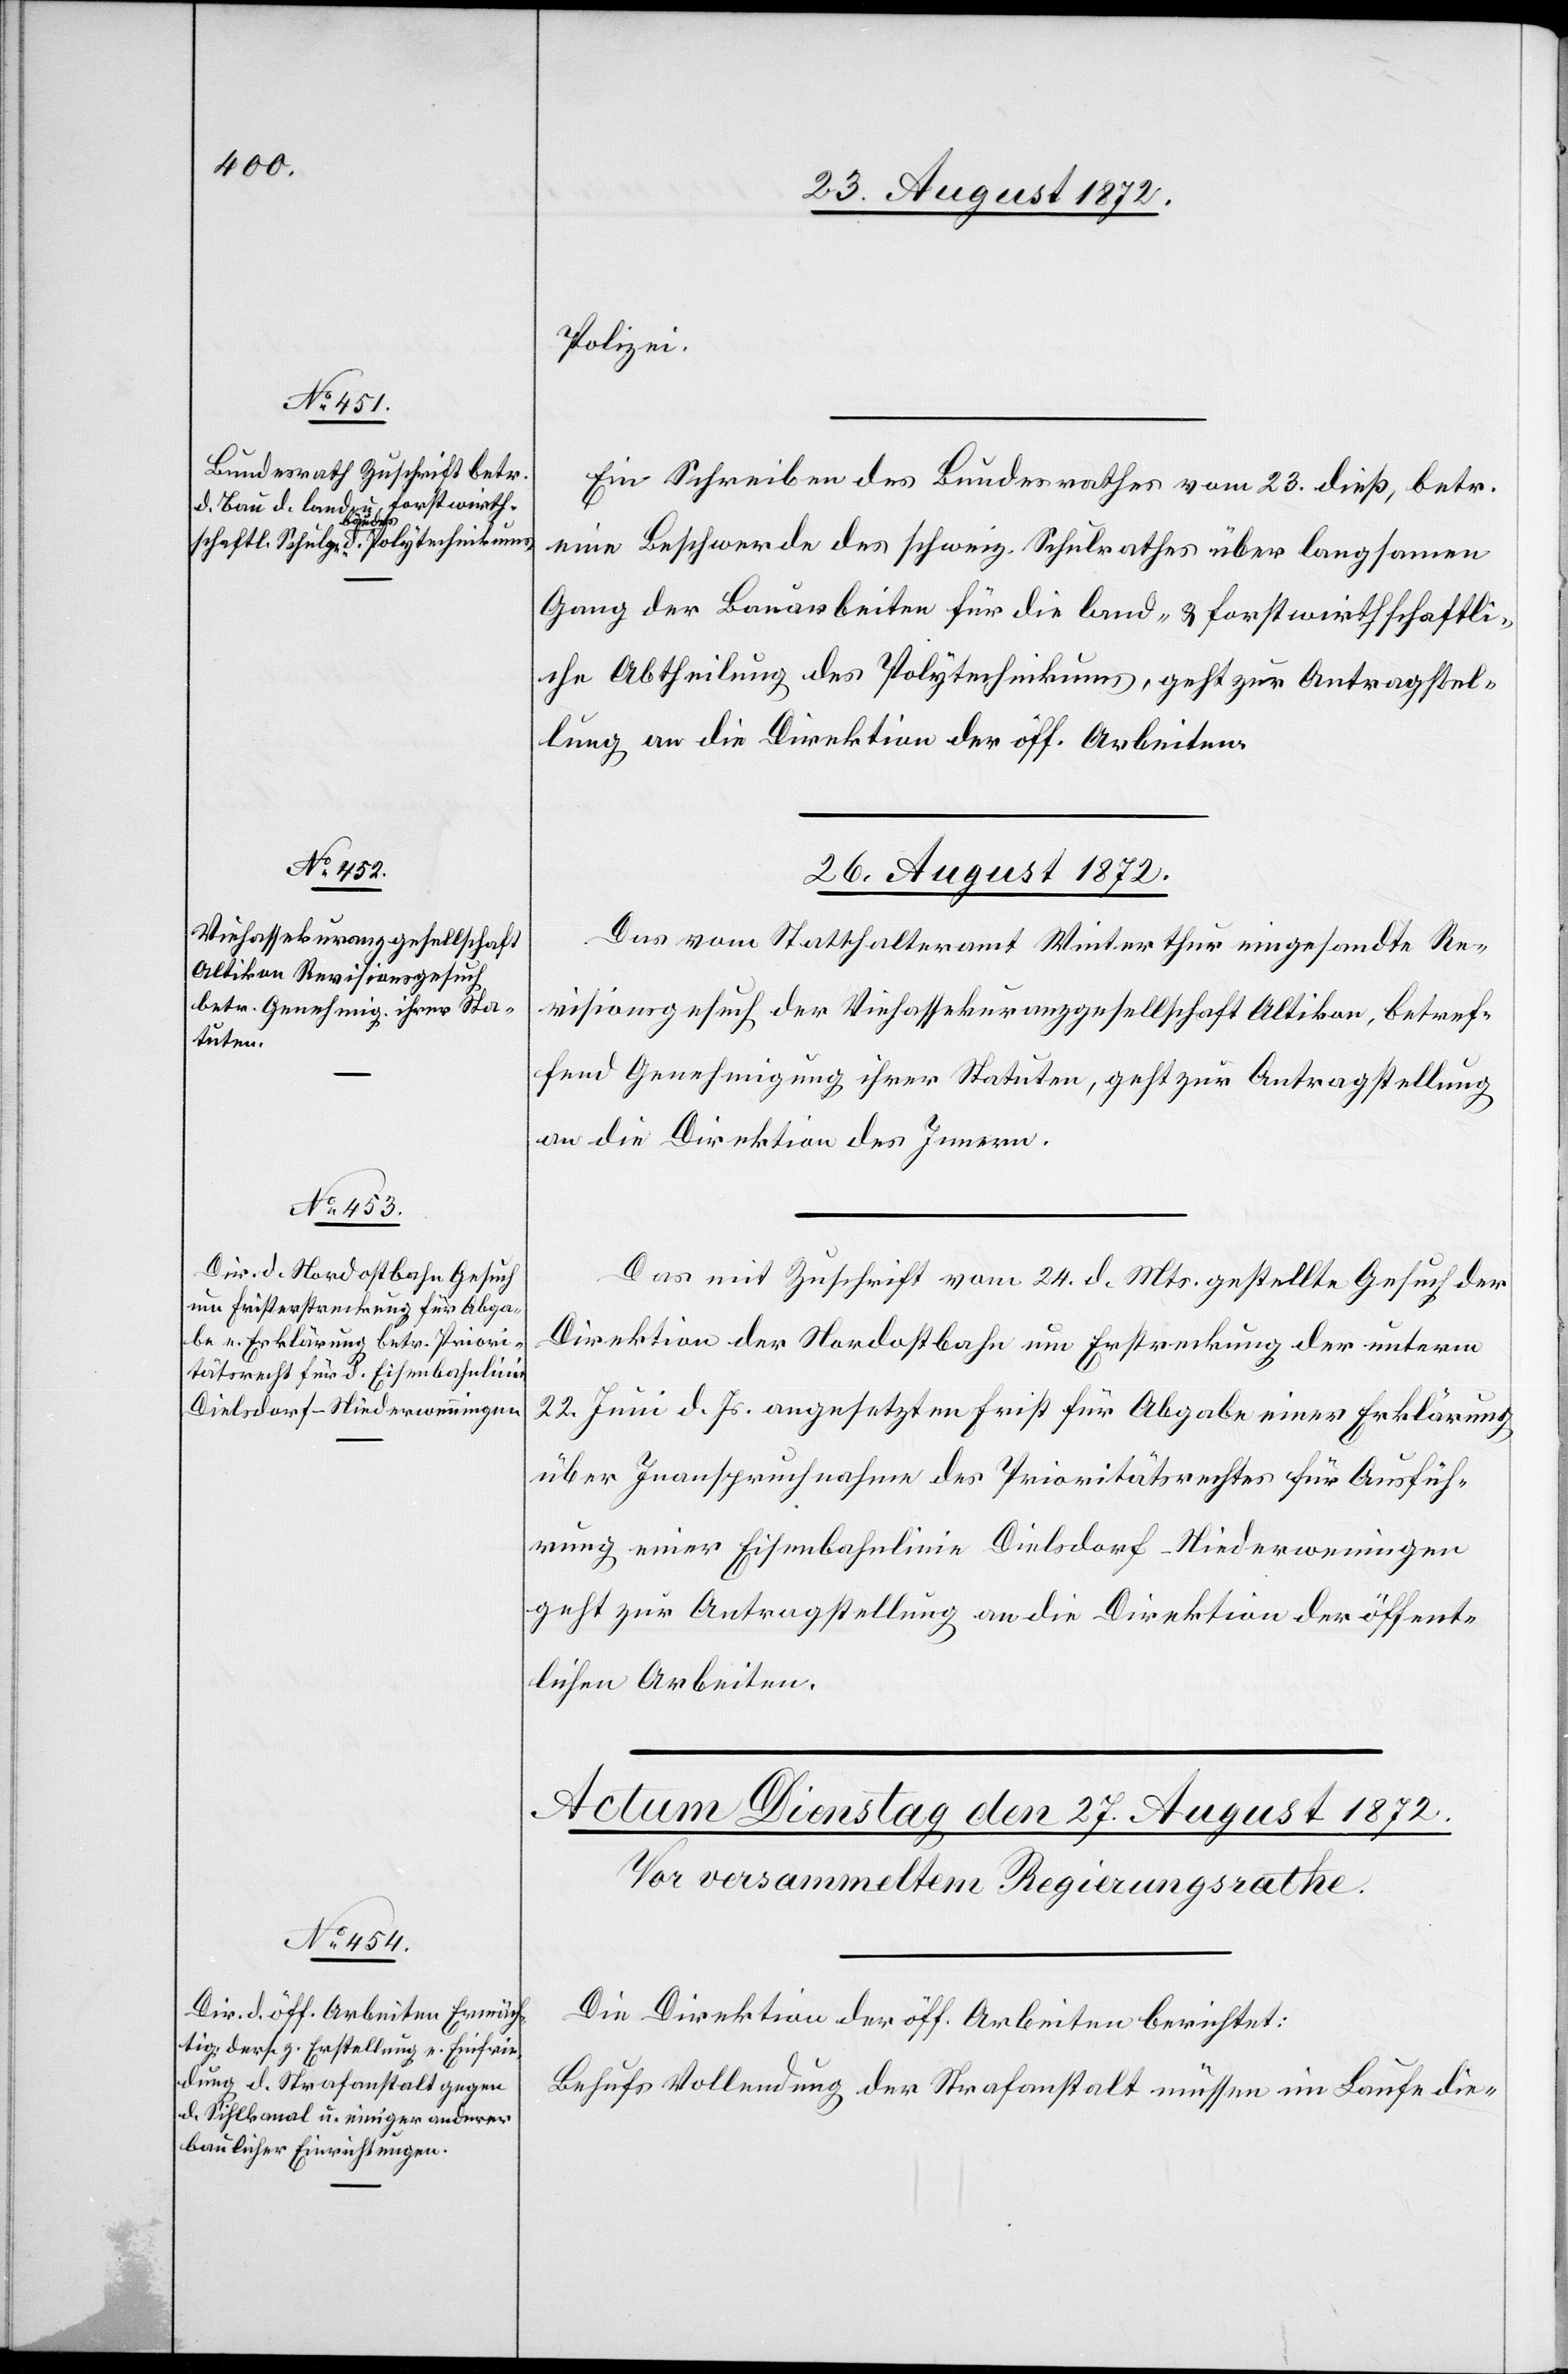
25. August 1872.]
Polizei.
Ein Schreiben des Bundesrathes vom 23. dieß, betr.
eine Beschwerde des schweiz. Schulrathes über langsamen
Gang der Bauarbeiten für die land- u. forstwirthschaftli¬
che Abtheilung des Polytechnikums, geht zur Antragstel¬
lung an die Direktion der öff. Arbeiten.
26. August 1872.]
Das vom Statthalteramt Winterthur eingesandte Re¬
visionsgesuch der Viehassekuranzgesellschaft Altikon, betref¬
fend Genehmigung ihrer Statuten, geht zur Antragstellung
an die Direktion des Innern.
Das mit Zuschrift vom 24. d. Mts. gestellte Gesuch der
Direktion der Nordostbahn um Erstreckung der unterm
22. Juni d. Js. angesetzten Frist für Abgabe einer Erklärung
über Inanspruchnahme des Prioritätsrechtes für Ausfüh¬
rung einer Eisenbahnlinie Dielsdorf–Niederweningen
geht zur Antragstellung an die Direktion der öffent¬
lichen Arbeiten.
Die Direktion der öff. Arbeiten berichtet:
Behufs Vollendung der Strafanstalt müssen im Laufe die-